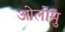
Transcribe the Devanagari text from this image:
ओलोमु